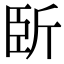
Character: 𣂜